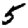
Digit: 5